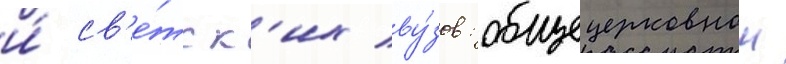
и́ св'е́тск'их ву́зов: общецерковнои